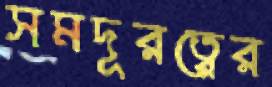
সমদূরত্বের